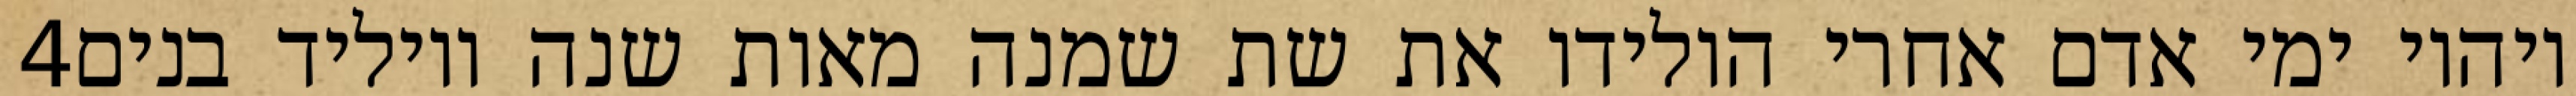
‎4‏ ויהיו ימי אדם אחרי הולידו את שת שמנה מאות שנה ויוליד בנים